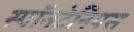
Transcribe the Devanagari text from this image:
स्पॉनटेनियस